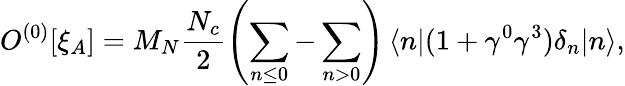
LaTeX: O^{(0)}[\xi_{A}]=M_{N}\frac{N_{c}}{2}\left(\sum_{n\leq 0}-\sum_{n>0}\right)\, \langle n\vert(1+\gamma^{0}\gamma^{3})\delta_{n}\vert n\rangle,